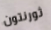
ثورنتون